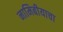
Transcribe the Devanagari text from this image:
नामिबीयाचा